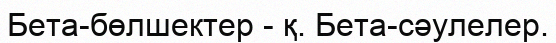
Бета-бөлшектер - қ. Бета-сәулелер.